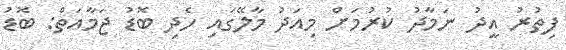
ފިތުރު އީދު ނަމާދު ކުރުމަށް މިއަދު މާލޭގައި ހެދި ބޮޑު ޖަމާއަތް: ބޮޑު